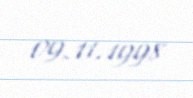
09.11.1998